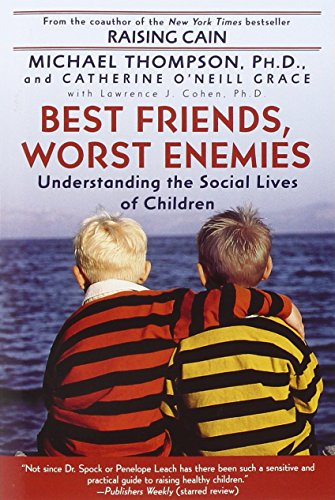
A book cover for Best Friends, Worst Enemies: Understanding the Social Lives of Children; Michael Thompson; Medical Books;